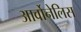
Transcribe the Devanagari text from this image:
आर्वोनेलिस